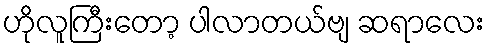
ဟိုလူကြီးတော့ ပါလာတယ်ဗျ ဆရာလေး